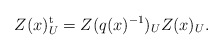
\begin{align*}Z(x)_{U}^{\rm t}=Z(q(x)^{-1})_{U}Z(x)_{U}. \end{align*}